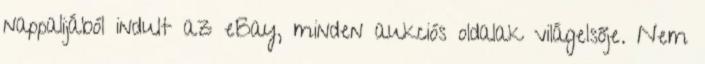
nappalijából indult az eBay, minden aukciós oldalak világelsője. Nem